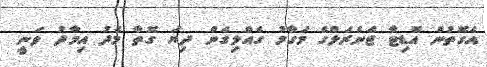
އެގޮތުން އޮޑިޓާ ޖެނެރަލްގެ މަގާމު ގެއްލިގެން ދިޔަ ގޮތާ މެދު އިމާދު ވަނީ